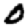
Digit: 0